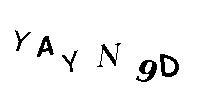
YAYN9D